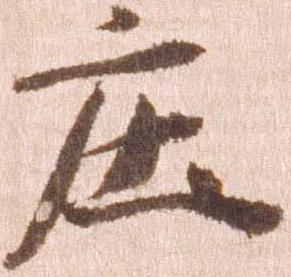
庄